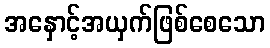
အနှောင့်အယှက်ဖြစ်စေသော